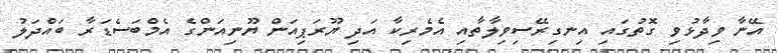
އޭނާ ވިދާޅުވި ގޮތުގައި އިނގިރޭސިވިލާތާއި އެމެރިކާ އަދި ޔޫރަޕިއަން ޔޫނިއަންގެ އެމްބަސެޑަރާ ބައްދަލު